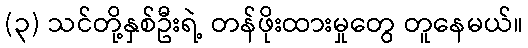
(၃) သင်တို့နှစ်ဦးရဲ့ တန်ဖိုးထားမှုတွေ တူနေမယ်။